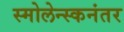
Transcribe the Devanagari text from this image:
स्मोलेन्स्कनंतर